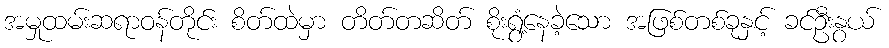
အမှုထမ်းဆရာဝန်တိုင်း စိတ်ထဲမှာ တိတ်တဆိတ် စိုးရွံ့နေခဲ့သော အဖြစ်တစ်ခုနှင့် ခင်ဦးနွယ်